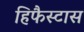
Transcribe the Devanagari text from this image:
हिफैस्टास